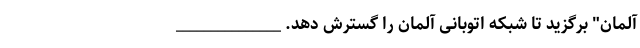
آلمان" برگزید تا شبکه اتوبانی آلمان را گسترش دهد. _______________